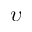
\upsilon